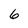
Character: 6